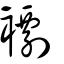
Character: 𧝼